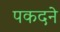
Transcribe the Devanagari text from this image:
पकदने